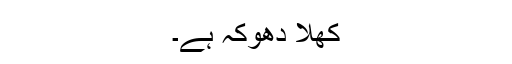
کھلا دھوکہ ہے۔